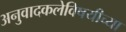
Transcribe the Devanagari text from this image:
अनुवादकलेविषयीच्या